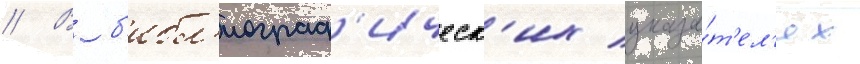
// В б'ибл'иограф'ическ'их указа́т'ел'ях